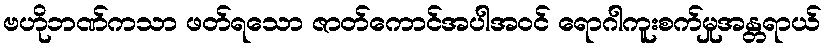
ဗဟိုဘဏ်ကသာ ဖတ်ရသော ဇာတ်ကောင်အပါအဝင် ရောဂါကူးစက်မှုအန္တရာယ်